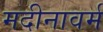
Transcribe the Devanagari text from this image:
मदीनावर्म